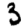
Digit: 3